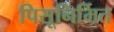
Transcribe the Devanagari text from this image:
पिसूनिर्मित